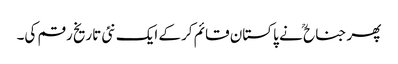
پھر جناح ؒ نے پاکستان قائم کرکے ایک نئی تاریخ رقم کی۔